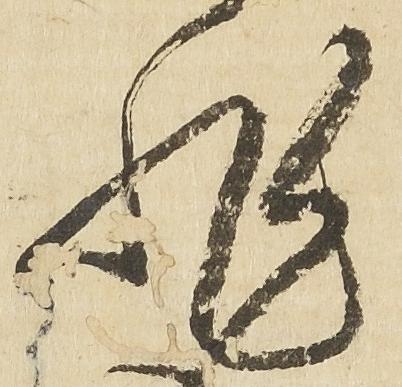
非